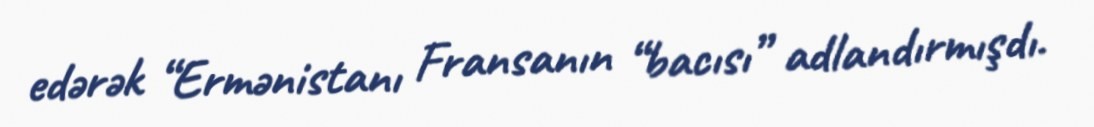
edərək “Ermənistanı Fransanın “bacısı” adlandırmışdı.